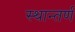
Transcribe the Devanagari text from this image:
स्थान्तर्ण